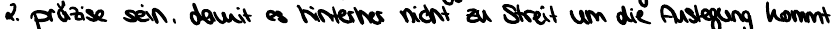
2. präzise sein, damit es hinterher nicht zu Streit um die Auslegung kommt